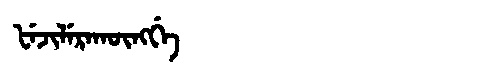
Manchu: ᡶᡝᠵᡳᠯᡝᡵᠠᡴᡡᠩᡤᡝ
Romanization: FEJILERAKŪNGGE